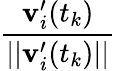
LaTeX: \frac{\mathbf{v}_{i}^{\prime}(t_{k})}{||\mathbf{v}_{i}^{\prime}(t_{k})||}